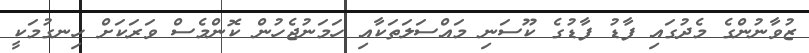
ޒުވާނުންގެ މެދުގައި ފާޑު ފާޑުގެ ކޫސަނި މައްސަލަތަކާއި ހަމަނުޖެހުން ކޮންމެސް ވަރަކަށް ހިނގުމަކީ